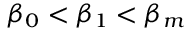
\beta _ { 0 } < \beta _ { 1 } < \beta _ { m }